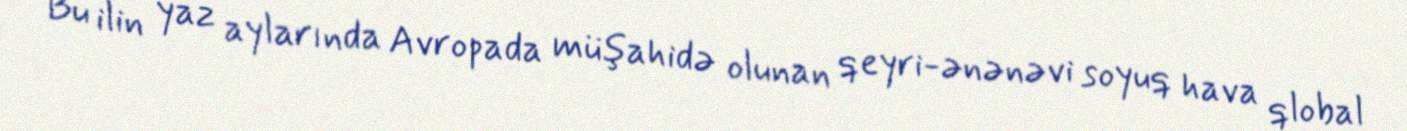
Bu ilin yaz aylarında Avropada müşahidə olunan qeyri-ənənəvi soyuq hava qlobal